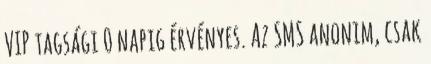
VIP tagsági 0 napig érvényes. Az SMS anonim, csak